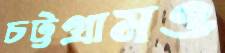
চট্টগ্রামও